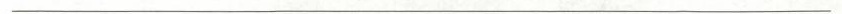
___